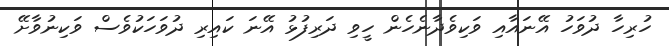
ހުރިހާ ދުވަހު އޭނައާއި ވަކިވެދާނެހެން ހީވި ދަރިފުޅު އޭނަ ކައިރި ދުވަހަކުވެސް ވަކިނުވާށޭ